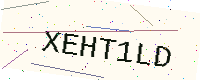
Text: XEHT1LD